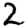
Digit: 2